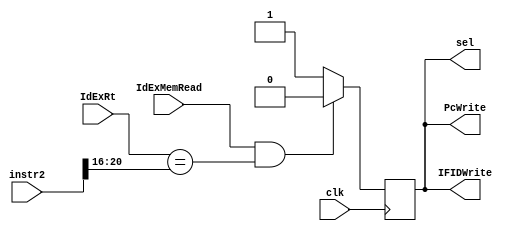
module hazardDetection( clk, IdExMemRead, IdExRt, instr2,   
	                    PcWrite, IFIDWrite, sel) ;
						   
	input IdExMemRead, clk ; 
	input [4:0]  IdExRt ; 
	input[31:0] instr2 ; 
	
	wire[4:0] rs, rt ; 
	wire[5:0] opcode; 
	assign rs = instr2[25:21] ; 
	assign rt = instr2[20:16] ; 
	assign opcode = instr2[31:26] ;
	output reg PcWrite, IFIDWrite, sel ;  
	
	initial begin
		PcWrite = 1'b1 ; 
		IFIDWrite = 1'b1 ; 
		sel = 1'b1 ; 
	end 
	
	always @( negedge clk  )
	begin 
		if( IdExMemRead == 1'b1 && IdExRt == rs  )
		begin
			PcWrite = 1'b0 ; 
			IFIDWrite = 1'b0 ; 
			sel = 1'b0 ; 
			$display( "%d, Hazard", $time/10-1 ) ; 
		end 
		if( IdExMemRead == 1'b1 && IdExRt == rt  )
		begin
			PcWrite = 1'b0 ; 
			IFIDWrite = 1'b0 ; 
			sel = 1'b0 ; 
			$display( "%d, Hazard", $time/10-1 ) ; 
		end 
		else 
		begin
			PcWrite = 1'b1 ; 
			IFIDWrite = 1'b1 ; 
			sel = 1'b1 ; 
		end 
		
	end
endmodule